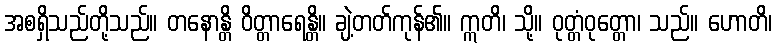
အစရှိသည်တို့သည်။ တနောန္တိ ဝိတ္တာရေန္တိ။ ချဲ့တတ်ကုန်၏။ ဣတိ၊ သို့။ ဝုတ္တံဝုတ္တော၊ သည်။ ဟောတိ၊